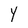
Character: Y